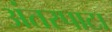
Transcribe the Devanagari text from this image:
अंतरपाटा